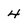
Character: 4